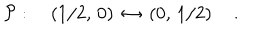
LaTeX: { \cal P } : \quad \left( { 1 / 2 } , \, 0 \right) \, \leftrightarrow \, \left( 0 , \, { 1 / 2 } \right) \quad .